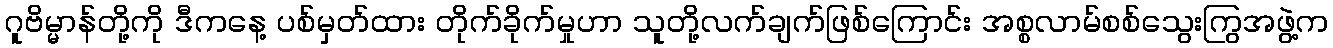
ဂူဗိမ္မာန်တို့ကို ဒီကနေ့ ပစ်မှတ်ထား တိုက်ခိုက်မှုဟာ သူတို့လက်ချက်ဖြစ်ကြောင်း အစ္စလာမ်စစ်သွေးကြွအဖွဲ့က